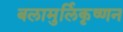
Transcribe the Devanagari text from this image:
बलामुर्लिकृष्णन